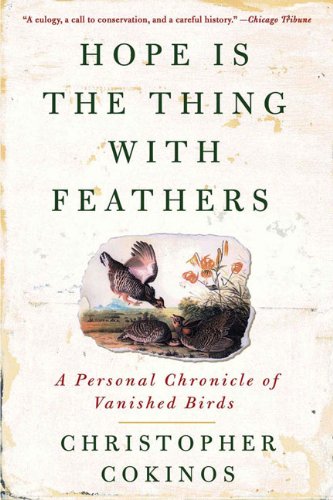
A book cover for Hope Is the Thing with Feathers: A Personal Chronicle of Vanished Birds; Christopher Cokinos; Science & Math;